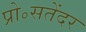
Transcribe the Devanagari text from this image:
प्रो॰सतेंदर